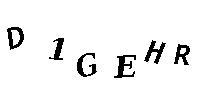
D1GEHR